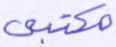
مكتبي